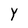
Character: Y